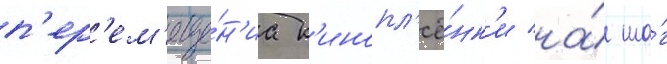
п'ер'ем'еще́н'иа к'инопл'ё́нк'и на́ ша́г